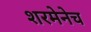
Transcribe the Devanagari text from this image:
शरमेनेच